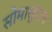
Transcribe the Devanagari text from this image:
सोमासुंदरन